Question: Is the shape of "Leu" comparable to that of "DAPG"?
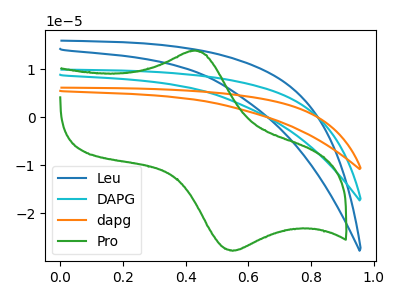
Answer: <think>The blue curve "Leu" has no peaks. The cyan curve "DAPG" has no peaks. The orange curve "dapg" has no peaks. The green curve "Pro" has an anodic peak at (0.40V, 13.85uA) and a cathodic peak at (0.55V, -27.80uA).
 Neither "Leu" or "DAPG" have any peaks.</think>
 <answer>"Leu" and "DAPG" are similar in shape.</answer>
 <eval>same_shape</eval>